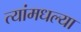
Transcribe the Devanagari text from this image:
त्यांमधल्या